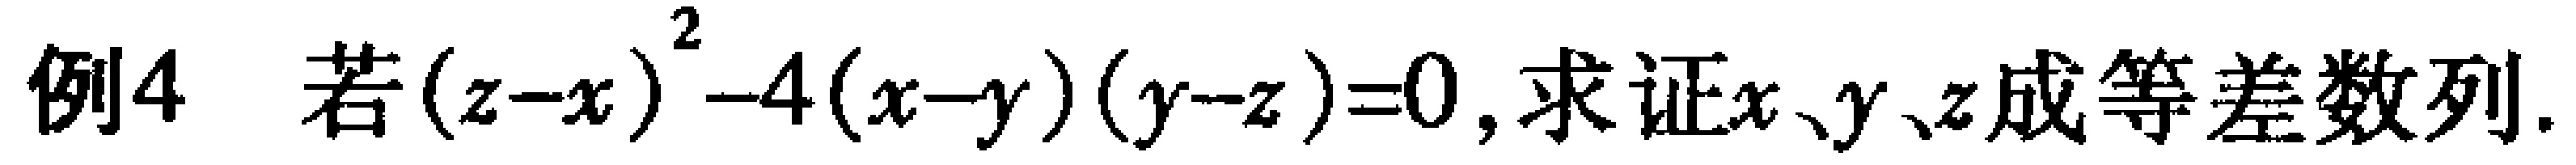
例4 若\((z - x)^2 - 4(x - y)(y - z) = 0\), 求证\(x、y、z\)成等差数列.